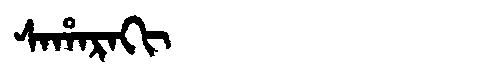
Manchu: ᠰᠠᡥᠠᡵᠠᡴᡳ
Romanization: SAHARAKI